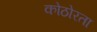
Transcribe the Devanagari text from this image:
कोठोरता